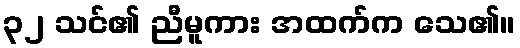
၃၂ သင်၏ ညီမူကား အထက်က သေ၏။